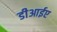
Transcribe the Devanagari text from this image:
डीआईए